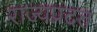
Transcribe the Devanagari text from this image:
राज्यप्रदत